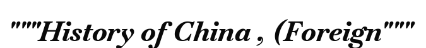
"""History of China , (Foreign"""